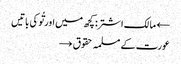
← مالک اشتر: کچھ میں اور تُو کی باتیں
عورت کے مسلمہ حقوق →